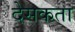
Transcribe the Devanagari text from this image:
देसकता